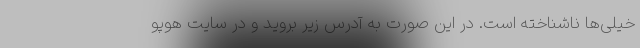
خیلی‌ها ناشناخته است. در این صورت به آدرس زیر بروید و در سایت هوپو